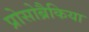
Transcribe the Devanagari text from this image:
प्रोसोब्रैकिया